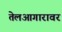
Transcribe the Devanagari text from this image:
तेलआगारावर